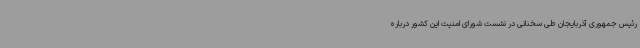
رئیس جمهوری آذربایجان طی سخنانی در نشست شورای امنیت این کشور درباره